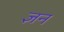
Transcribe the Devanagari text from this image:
ज्ञन